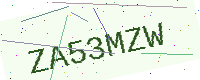
Text: ZA53MZW